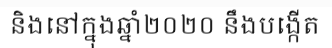
និងនៅក្នុងឆ្នាំ២០២០ នឹងបង្កើត